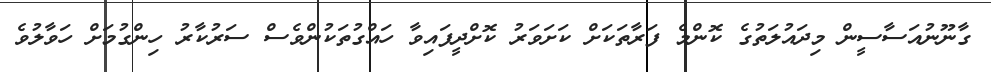
ގާނޫނުއަސާސީން މިދައުލަތުގެ ކޮންމެ ފަރާތަކަށް ކަށަވަރު ކޮށްދީފައިވާ ހައްގުތަކުންވެސް ސަރުކާރު ހިންގުމަށް ހަވާލުވެ